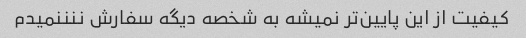
کیفیت از این پایین‌تر نمیشه به شخصه دیگه سفارش ننننمیدم